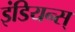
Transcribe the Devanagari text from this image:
इंडियन्स्